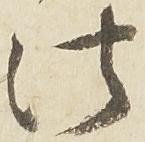
法